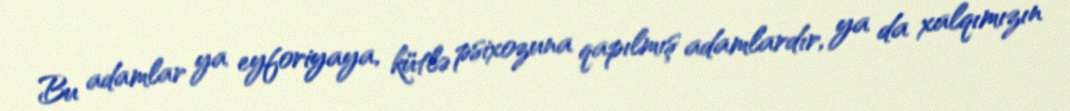
Bu adamlar ya eyforiyaya, kütlə psixozuna qapılmış adamlardır, ya da xalqımızın